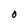
Character: O